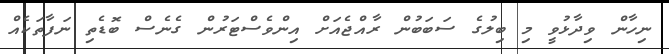
ނިހާން ވިދާޅުވީ މި ބިލުގެ ސަބަބުން ރާއްޖެއަށް އިންވެސްޓަރުން ގެނެސް ބޮޑެތި ނަފާތަކެއް